Medical and sanitary report of the native army of Bengal for the year
Year: 1878
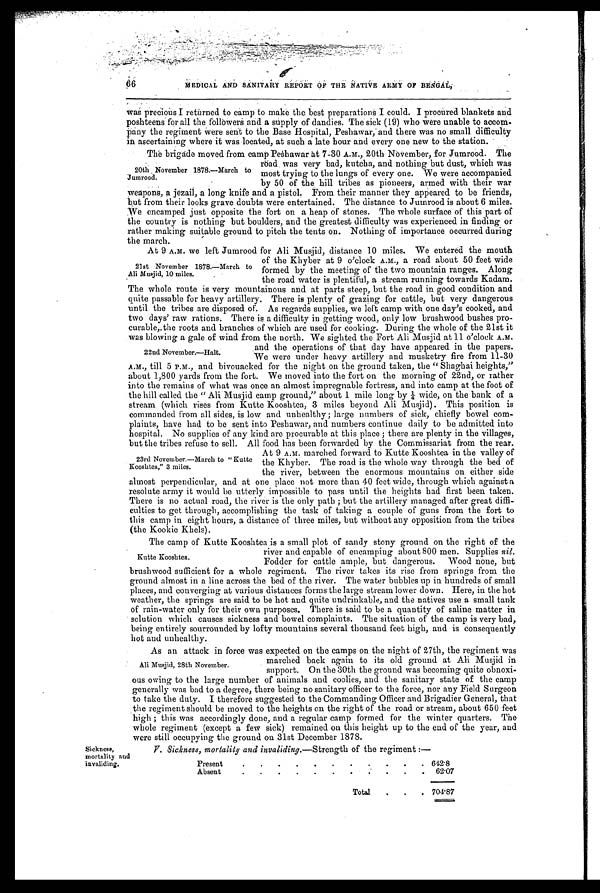
66
MEDICAL AND SANITARY REPORT OF THE NATIVE ARMY OF BEnGAL,
poshteens for all the followers and a supply of dandies. The sick (19) who were unable to accom-
pany the regiment were sent to the Base Hospital, Peshawar, and there was no small difficulty
in ascertaining where it was located, at such a late hour and every one new to the station.
The brigade moved from camp Peshawar at 7-30 A.M., 20th November, for Jumrood. The
road was very bad, kutcha, and nothing but dust, which was
most trying to the lungs of every one. We were accompanied
by 50 of the hill tribes as pioneers, armed with their war
weapons, a jezail, a long knife and a pistol. From their manner they appeared to be friends,
but from their looks grave doubts were entertained. The distance to Jumrood is about 6 miles.
We encamped just opposite the fort on a heap of stones. The whole surface of this part of
the country is nothing but boulders, and the greatest difficulty was experienced in finding or
rather making suitable ground to pitch the tents on. Nothing of importance occurred during
the march.
At 9 A.M. we left Jumrood for Ali Musjid, distance 10 miles. We entered the mouth
of the Khyber at 9 o'clock A.M., a road about 50 feet wide
formed by the meeting of the two mountain ranges. Along
the road water is plentiful, a stream running towards Kadam.
The whole route is very mountainous and at parts steep, but the road in good condition and
quite passable for heavy artillery. There is plenty of grazing for cattle, but very dangerous
until the tribes are disposed of As regards supplies, we left camp with one day's cooked, and
two days' raw rations. There is a difficulty in getting wood, only low brushwood bushes pro
-
curable, the roots and branches of which are used for cooking. During the whole of the 21st it
was blowing a gale of wind from the north. We sighted the Fort Ali Musjid at 11 o'clock A.M.
and the operations of that day have appeared in the papers.
We were under heavy artillery and musketry fire from 11-30
A.M., till 5 P.M., and bivouacked for the night on the ground taken, the "Shaghai heights,"
about 1,800 yards from the fort. We moved into the fort on the morning of 22nd, or rather
into the remains of what was once an almost impregnable fortress, and into camp at the foot of
the hill called the "Ali Musjid camp ground," about 1 mile long by ¼ wide, on the bank of a
stream (which rises from Kutte Kooshtea, 3 miles beyond Ali Musjid). This position is
commanded from all sides, is low and unhealthy; large numbers of sick, chiefly bowel com
-
plaints, have had to be sent into Peshawar, and numbers continue daily to be admitted into
hospital. No supplies of any kind are procurable at this place; there are plenty in the villages,
but the tribes refuse to sell. All food has been forwarded by the Commissariat from the rear
.
At 9 A.M. marched forward to Kutte Kooshtea in the valley of
the Khyber. The road is the whole way through the bed of
the river, between the enormous mountains on either side
almost perpendicular, and at one place not more than 40 feet wide, through which against a
resolute army it would be utterly impossible to pass until the heights had first been taken.
There is no actual road, the river is the only path; but the artillery managed after great diffi
-
culties to get through, accomplishing the task of taking a couple of guns from the fort to
this camp in eight hours, a distance of three miles, but without any opposition from the tribes
(the Kookie Khels).
The camp of Kutte Kooshtea is a small plot of sandy stony ground on the right of the
river and capable of encamping about 800 men. Supplies nil.
Fodder for cattle ample, but dangerous. Wood none, but
brushwood sufficient for a whole regiment. The river takes its rise from springs from the
ground almost in a line across the bed of the river. The water bubbles up in hundreds of small
places, and converging at various distances forms the large stream lower down. Here, in the hot
weather, the springs are said to be hot and quite undrinkable, and the natives use a small tank
of rain-water only for their own purposes. There is said to be a quantity of saline matter in
solution which causes sickness and bowel complaints. The situation of the camp is very bad,
being entirely sourrounded by lofty mountains several thousand feet high, and is consequently
hot and unhealthy.
As an attack in force was expected on the camps on the night of 27th, the regiment was
marched back again to its old ground at Ali Musjid in
support. On the 30th the ground was becoming quite obnoxi
-
ous owing to the large number of animals and coolies, and the sanitary state of the camp
generally was bad to a degree, there being no sanitary officer to the force, nor any Field Surgeon
to take the duty. I therefore suggested to the Commanding Officer and Brigadier General, that
the regiment should be moved to the heights on the right of the road or stream, about 650 feet
high; this was accordingly done, and a regular camp formed for the winter quarters. The
whole regiment (except a few sick) remained on this height up to the end of the year, and
were still occupying the ground on 31st December 1878.
20th November 1878.—March to
Jumrood.
21st November 1878.—March to
Ali Musjid, 10 miles.
22nd November.—Halt.
23rd November.—March to "Kutt
Kooshtea," 3 miles.
Kutte Kooshtea.
Ali Musjid, 28th November.
Sickness,
mortality and
invaliding.
V. Sickness, mortality and invaliding .—Strength of the regiment:—
Present . . .
642.8
Absent . . .
62.07
Total . . .
704.87